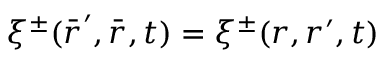
\xi ^ { \pm } ( \bar { \boldsymbol { r } } ^ { \prime } , \bar { \boldsymbol { r } } , t ) = \xi ^ { \pm } ( \boldsymbol { r } , \boldsymbol { r } ^ { \prime } , t )